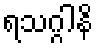
ရသဂ္ဂါနိ